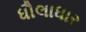
ધૌલાધાર